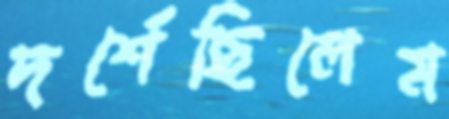
দর্শেছিলেম